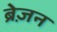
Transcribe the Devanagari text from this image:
ब्रेज़न